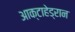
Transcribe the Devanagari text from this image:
आक्टाहेड्रान